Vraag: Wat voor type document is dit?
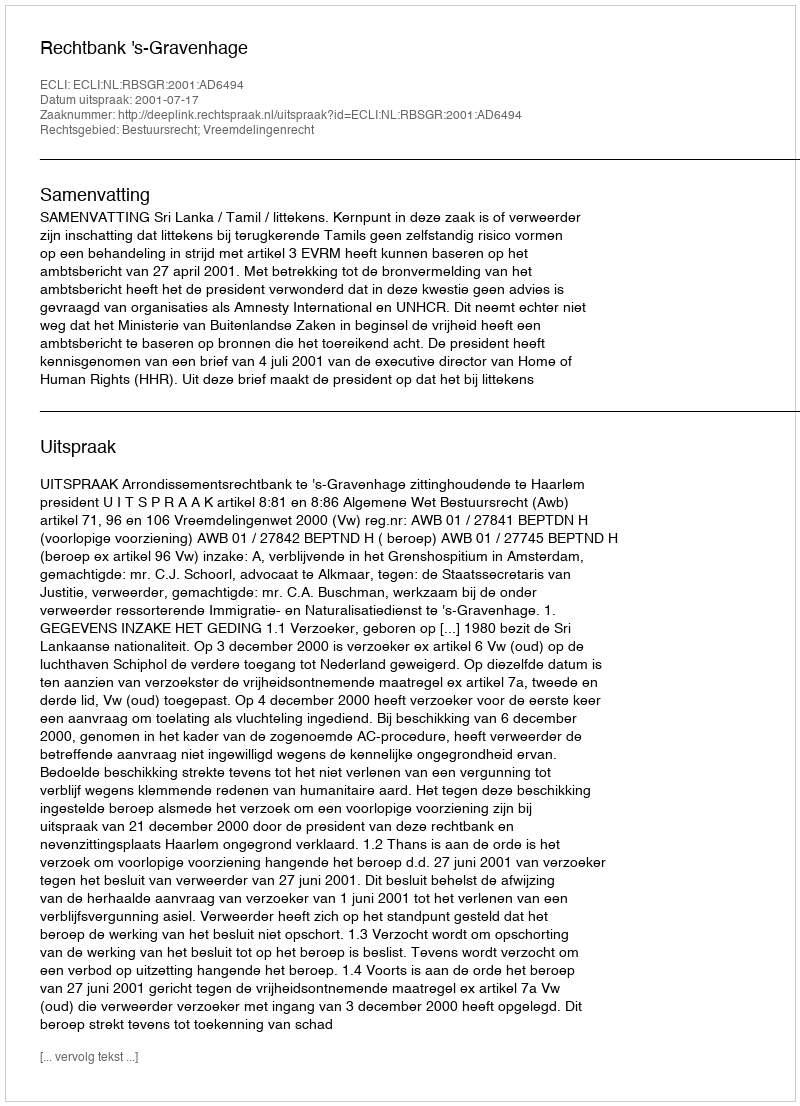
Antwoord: Uitspraak